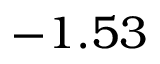
- 1 . 5 3